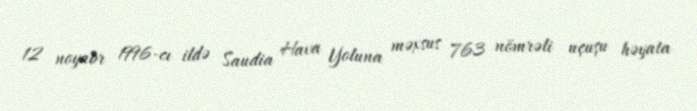
12 noyabr 1996-cı ildə Saudia Hava Yoluna məxsus 763 nömrəli uçuşu həyata